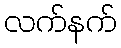
လက်နက်